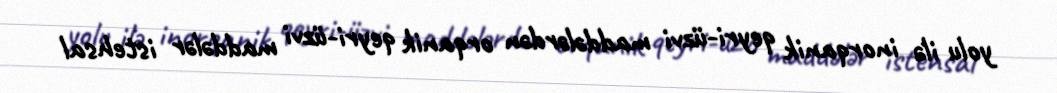
yolu ilə inorqanik qeyri-üzvi maddələrdən orqanik qeyri-üzvi maddələr istehsal